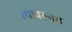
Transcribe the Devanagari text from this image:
त्यावरुनच